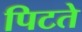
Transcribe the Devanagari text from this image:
पिटते